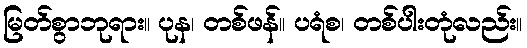
မြတ်စွာဘုရား။ ပုန၊ တစ်ဖန်။ ပရံစ၊ တစ်ပါးတုံလည်း။